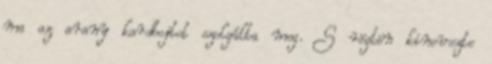
ma az arany kardbojtot szolgálta meg. S rögtön kinevezte